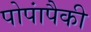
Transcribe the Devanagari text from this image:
पोपांपैकी